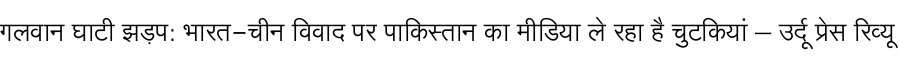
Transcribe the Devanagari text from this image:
गलवान घाटी झड़प: भारत-चीन विवाद पर पाकिस्तान का मीडिया ले रहा है चुटकियां – उर्दू प्रेस रिव्यू